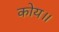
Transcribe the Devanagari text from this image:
कोय॥